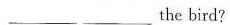
___ the bird?